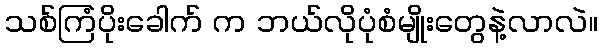
သစ်ကြံပိုးခေါက် က ဘယ်လိုပုံစံမျိုးတွေနဲ့လာလဲ။